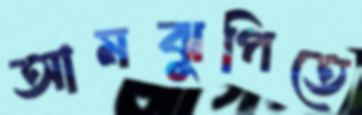
আমঝুপিতে